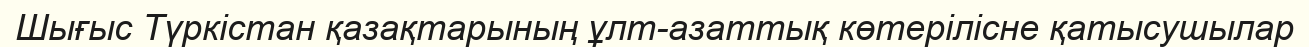
Шығыс Түркістан қазақтарының ұлт-азаттық көтерілісне қатысушылар